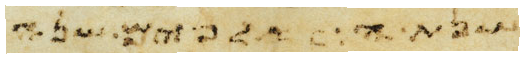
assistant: שנה תמימם שנים